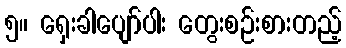
၅။ ရှေးခါပျော်ပါး တွေးစဉ်းစားတည့်